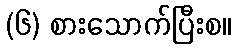
(၆) စားသောက်ပြီးစ။